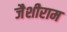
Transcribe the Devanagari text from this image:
जैशीराम